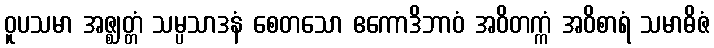
ဝူပသမာ အဇ္ဈတ္တံ သမ္ပသာဒနံ စေတသော ဧကောဒိဘာဝံ အဝိတက္ကံ အဝိစာရံ သမာဓိဇံ